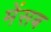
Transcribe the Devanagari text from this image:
मेंसब